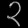
Digit: ၃